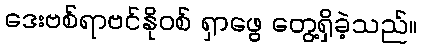
ဒေးဗစ်ရာဗင်နိုဝစ် ရှာဖွေ တွေ့ရှိခဲ့သည်။